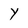
Character: Y